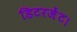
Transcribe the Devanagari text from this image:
डिटरजेंट।